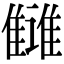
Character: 雠